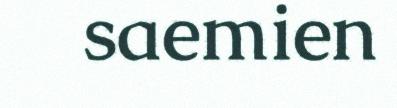
saemien